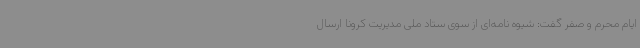
ایام محرم و صفر گفت: شیوه نامه‌ای از سوی ستاد ملی مدیریت کرونا ارسال